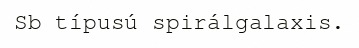
Sb típusú spirálgalaxis.